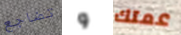
تضاجع و عمتك